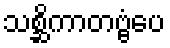
သစ္ဆိကာတဗ္ဗံပေ